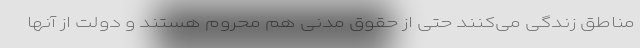
مناطق زندگی می‌کنند حتی از حقوق مدنی هم محروم هستند و دولت از آنها